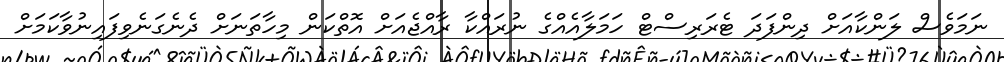
ނަމަވެސް ލަންކާއަށް ދިންފަދަ ޓެރަރިސްޓް ހަމަލާއެއްގެ ނުރައްކާ ރާއްޖެއަށް އޮތްކަން މިހާތަނަށް ދެނެގަނެވިފައިނުވާކަމަށް